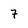
Character: 7